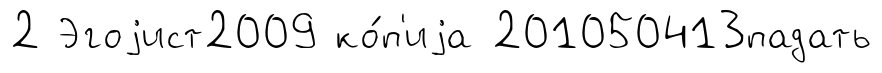
2 Эгоjист2009 ко́п'иjа 201050413падать